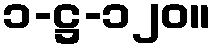
၁-ဋ္ဌ-၁၂၀။